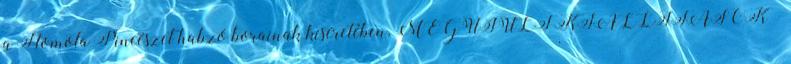
a Homola Pincészet habzó borainak kíséretében. MEGÚJULT KIÁLLÍTÁSOK –